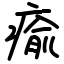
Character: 瘉